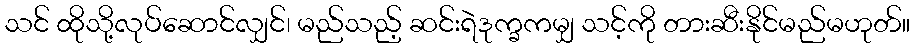
သင် ထိုသို့လုပ်ဆောင်လျှင်၊ မည်သည့် ဆင်းရဲဒုက္ခကမျှ သင့်ကို တားဆီးနိုင်မည်မဟုတ်။